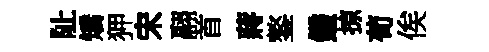
阯矯狎宋翮首蔣鏊鑑掠荀俟